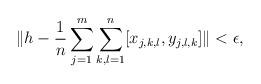
LaTeX: \begin{align*}\| h - \frac{1}{n}\sum_{j=1}^m \sum_{k,l=1}^n [x_{j,k,l}, y_{j,l,k}]\| < \epsilon,\end{align*}